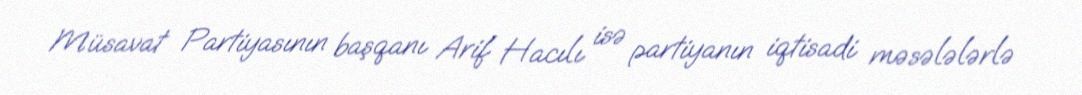
Müsavat Partiyasının başqanı Arif Hacılı isə partiyanın iqtisadi məsələlərlə